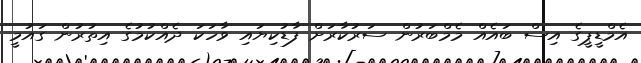
އެމްޑީޕީގެ އިސް ބައެއް މެމްބަރުން ސަރުކާރަށް ފާޑުކިޔައި ވާހަކަ ދެއްކުމުގެ އިތުރުން ގައުމީ